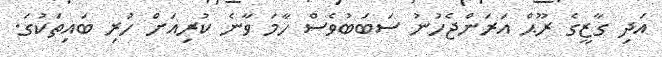
އަދި ގާޒީގެ ރޫޙް އަރަންޖެހުނު ސަބަބުވެސް ހާމަ ވާނެ ކުރިއަށް ހުރި ބައިތަކުގަ.